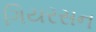
ગિયરસન